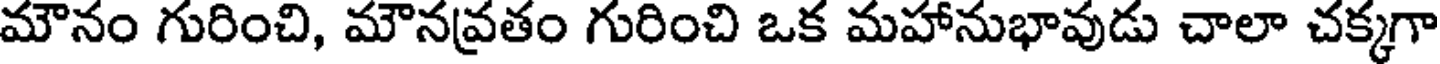
మౌనం గురించి, మౌనవ్రతం గురించి ఒక మహానుభావుడు చాలా చక్కగా